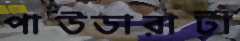
পাউডারাটা